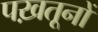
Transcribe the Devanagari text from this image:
पख़तूनों